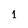
Character: 1